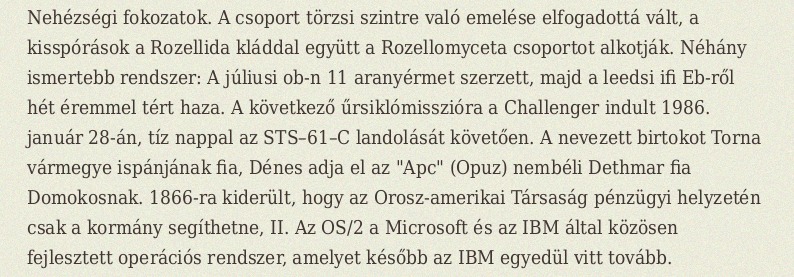
Nehézségi fokozatok. A csoport törzsi szintre való emelése elfogadottá vált, a kisspórások a Rozellida kláddal együtt a Rozellomyceta csoportot alkotják. Néhány ismertebb rendszer: A júliusi ob-n 11 aranyérmet szerzett, majd a leedsi ifi Eb-ről hét éremmel tért haza. A következő űrsiklómisszióra a Challenger indult 1986. január 28-án, tíz nappal az STS–61–C landolását követően. A nevezett birtokot Torna vármegye ispánjának fia, Dénes adja el az "Apc" (Opuz) nembéli Dethmar fia Domokosnak. 1866-ra kiderült, hogy az Orosz-amerikai Társaság pénzügyi helyzetén csak a kormány segíthetne, II. Az OS/2 a Microsoft és az IBM által közösen fejlesztett operációs rendszer, amelyet később az IBM egyedül vitt tovább.